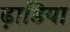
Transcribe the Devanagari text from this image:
ढ़ाडिया